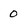
Character: 0